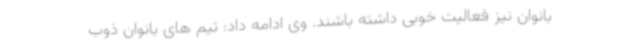
بانوان نیز فعالیت خوبی داشته باشند. وی ادامه داد: تیم های بانوان ذوب